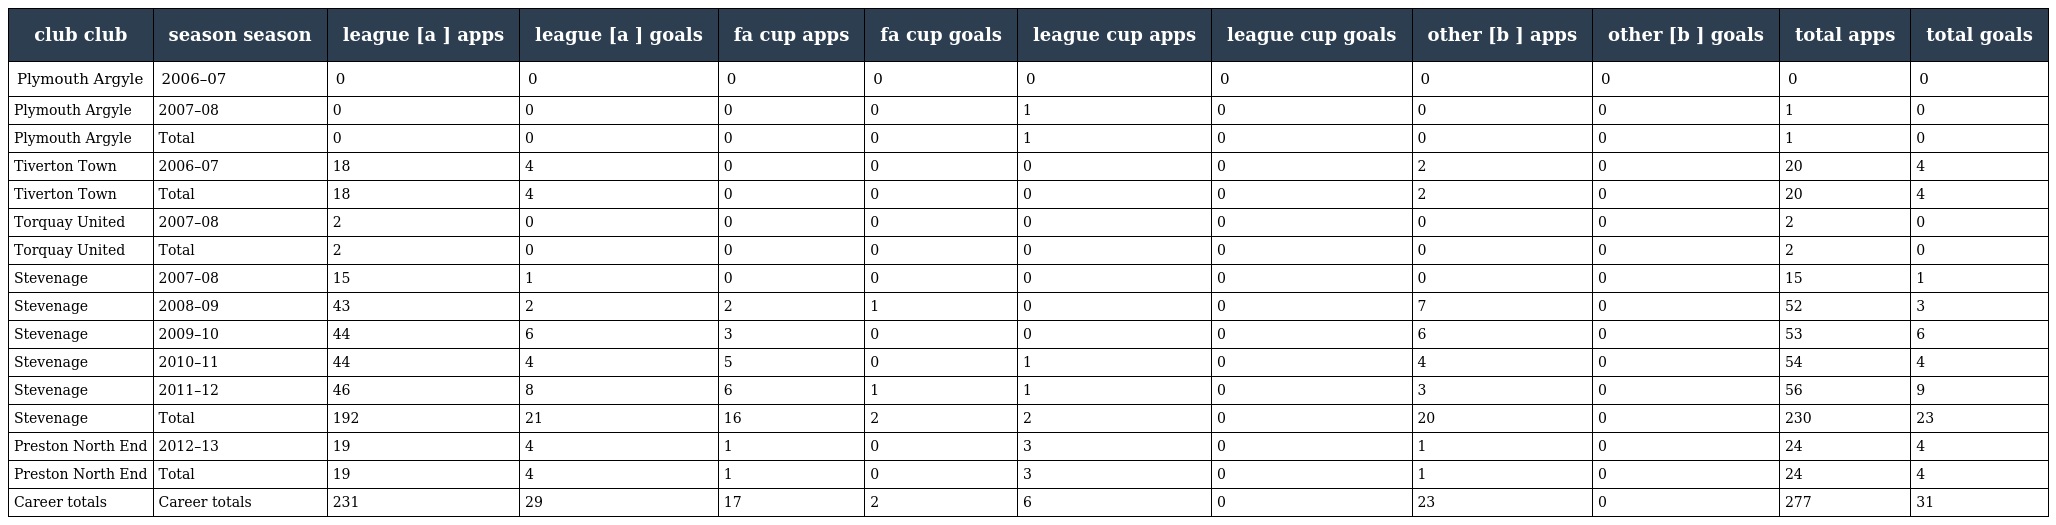
| club club | season season | league [a ] apps | league [a ] goals | fa cup apps | fa cup goals | league cup apps | league cup goals | other [b ] apps | other [b ] goals | total apps | total goals |
 | --- | --- | --- | --- | --- | --- | --- | --- | --- | --- | --- | --- |
 | Plymouth Argyle | 2006–07 | 0 | 0 | 0 | 0 | 0 | 0 | 0 | 0 | 0 | 0 |
 | Plymouth Argyle | 2007–08 | 0 | 0 | 0 | 0 | 1 | 0 | 0 | 0 | 1 | 0 |
 | Plymouth Argyle | Total | 0 | 0 | 0 | 0 | 1 | 0 | 0 | 0 | 1 | 0 |
 | Tiverton Town | 2006–07 | 18 | 4 | 0 | 0 | 0 | 0 | 2 | 0 | 20 | 4 |
 | Tiverton Town | Total | 18 | 4 | 0 | 0 | 0 | 0 | 2 | 0 | 20 | 4 |
 | Torquay United | 2007–08 | 2 | 0 | 0 | 0 | 0 | 0 | 0 | 0 | 2 | 0 |
 | Torquay United | Total | 2 | 0 | 0 | 0 | 0 | 0 | 0 | 0 | 2 | 0 |
 | Stevenage | 2007–08 | 15 | 1 | 0 | 0 | 0 | 0 | 0 | 0 | 15 | 1 |
 | Stevenage | 2008–09 | 43 | 2 | 2 | 1 | 0 | 0 | 7 | 0 | 52 | 3 |
 | Stevenage | 2009–10 | 44 | 6 | 3 | 0 | 0 | 0 | 6 | 0 | 53 | 6 |
 | Stevenage | 2010–11 | 44 | 4 | 5 | 0 | 1 | 0 | 4 | 0 | 54 | 4 |
 | Stevenage | 2011–12 | 46 | 8 | 6 | 1 | 1 | 0 | 3 | 0 | 56 | 9 |
 | Stevenage | Total | 192 | 21 | 16 | 2 | 2 | 0 | 20 | 0 | 230 | 23 |
 | Preston North End | 2012–13 | 19 | 4 | 1 | 0 | 3 | 0 | 1 | 0 | 24 | 4 |
 | Preston North End | Total | 19 | 4 | 1 | 0 | 3 | 0 | 1 | 0 | 24 | 4 |
 | Career totals | Career totals | 231 | 29 | 17 | 2 | 6 | 0 | 23 | 0 | 277 | 31 |